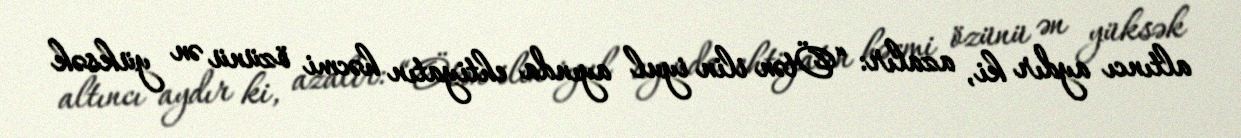
altıncı aydır ki, azalır: “Ötən ilin iyul ayında ehtiyatın həcmi özünü ən yüksək